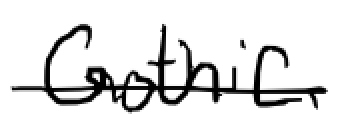
Text: Gothic
Cross-out: single-line
Writing tool: digital_black